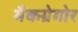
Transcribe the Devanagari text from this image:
मैकग्रेगोर